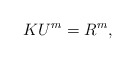
\begin{align*} K U^m=R^m,\end{align*}